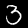
Digit: 3